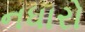
નધારો